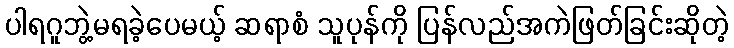
ပါရဂူဘွဲ့မရခဲ့ပေမယ့် ဆရာစံ သူပုန်ကို ပြန်လည်အကဲဖြတ်ခြင်းဆိုတဲ့